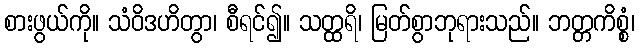
စားဖွယ်ကို။ သံဝိဒဟိတွာ၊ စီရင်၍။ သတ္ထရိ၊ မြတ်စွာဘုရားသည်။ ဘတ္တကိစ္စံ၊